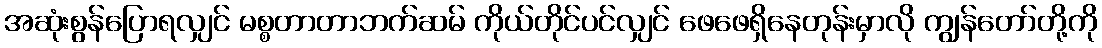
အဆုံးစွန်ပြောရလျှင် မစ္စတာတာဘက်ဆမ် ကိုယ်တိုင်ပင်လျှင် ဖေဖေရှိနေတုန်းမှာလို ကျွန်တော်တို့ကို